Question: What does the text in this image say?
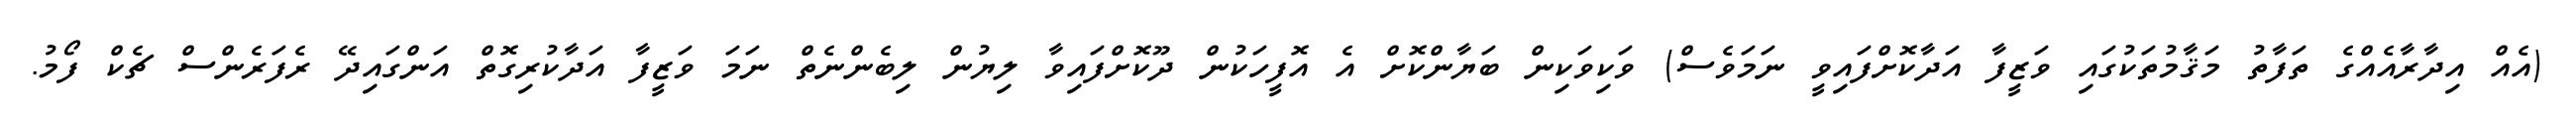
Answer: (އެއް އިދާރާއެއްގެ ތަފާތު މަޤާމުތަކުގައި ވަޒީފާ އަދާކޮށްފައިވީ ނަމަވެސް) ވަކިވަކިން ބަޔާންކޮށް އެ އޮފީހަކުން ދޫކޮށްފައިވާ ލިޔުން ލިބެންނެތް ނަމަ ވަޒީފާ އަދާކުރިގޮތް އަންގައިދޭ ރެފަރެންސް ޗެކް ފޯމު.